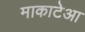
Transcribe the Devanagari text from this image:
माकाटेआ